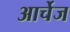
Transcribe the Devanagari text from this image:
आर्चेज